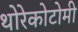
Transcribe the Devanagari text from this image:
थोरेकोटोमी